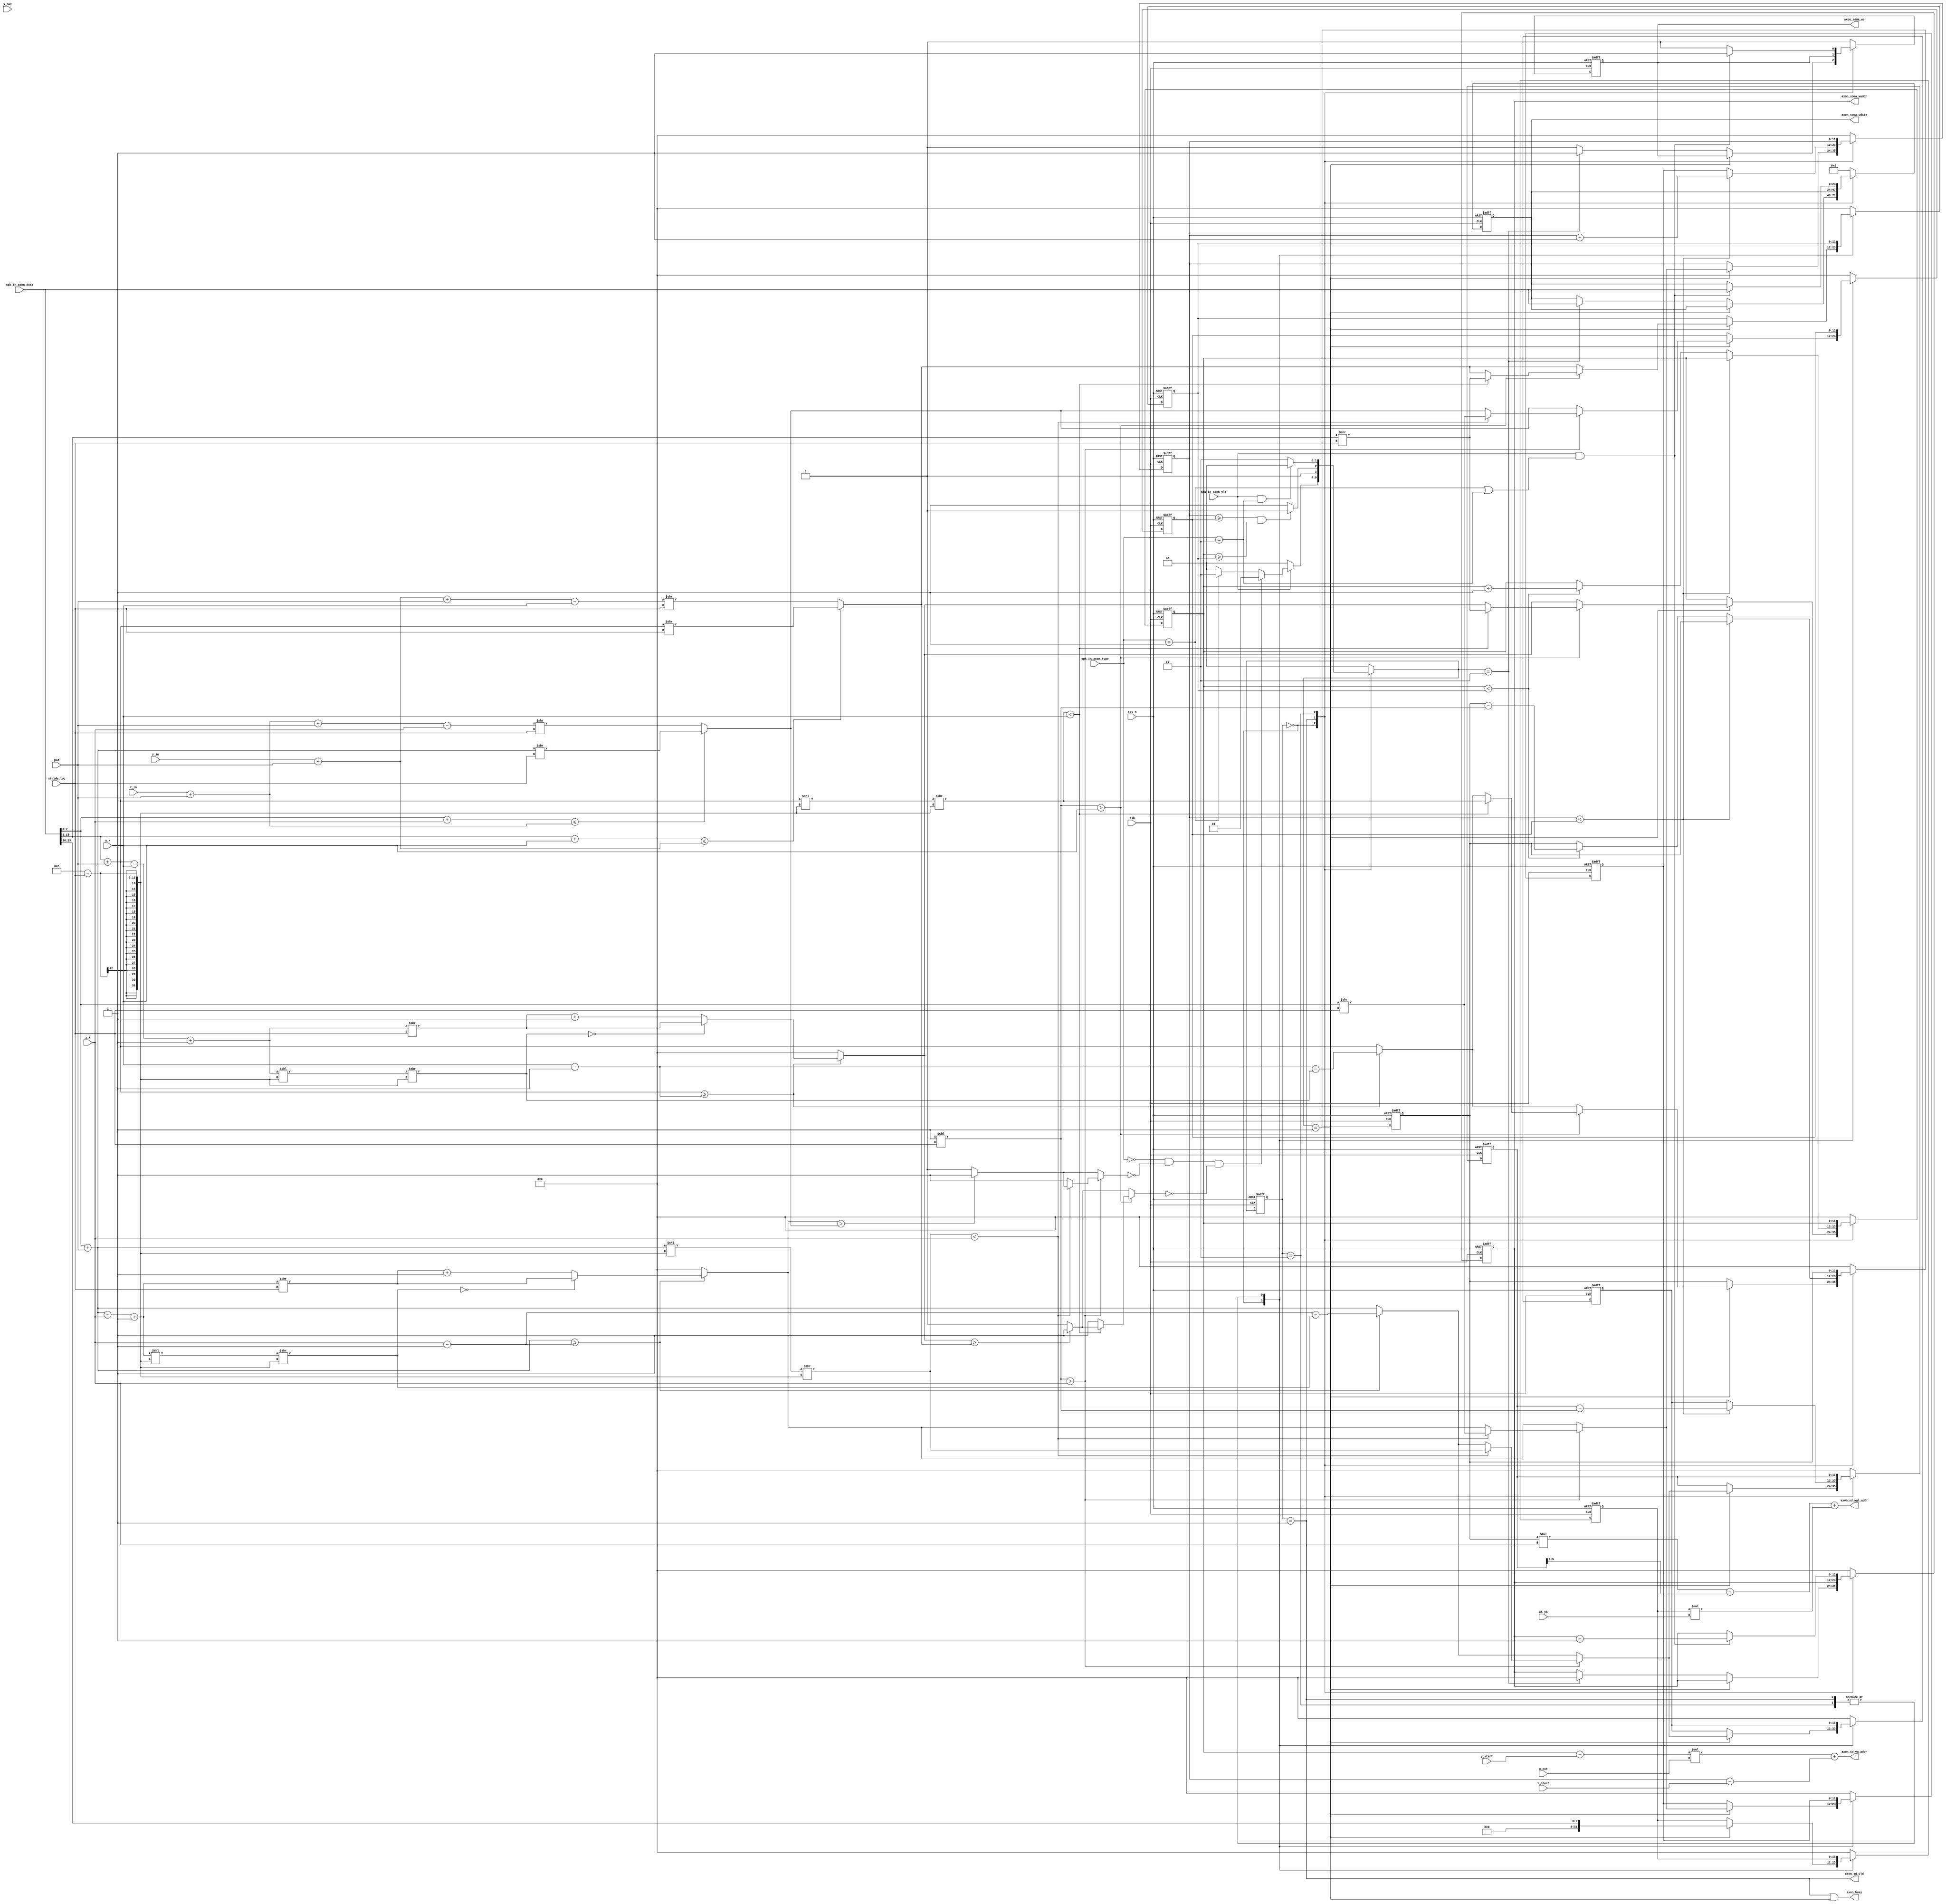
module axon #(
    parameter NNW = 12,
    parameter SW = 24,
    parameter WD = 6,
    parameter FTW = 3
) (
    // system signal
    input  clk,
    input  rst_n,
    // spk_in
    input  spk_in_axon_vld,
    input  [SW-1:0] spk_in_axon_data,
    input  [FTW-1:0] spk_in_axon_type,
    output axon_busy,
    // sd
    output [NNW-1:0] axon_sd_vm_addr,
    output [WD-1:0] axon_sd_wgt_addr,
    output axon_sd_vld,
    // config
    input  [NNW-1:0] xk_yk, // x_k * y_k 
    input  [NNW-1:0] x_in,
    input  [NNW-1:0] x_out,
    input  [NNW-1:0] x_k,
    input  [NNW-1:0] y_in,
    input  [NNW-1:0] y_out,
    input  [NNW-1:0] y_k,
    input  [SW/3-1:0] x_start,
    input  [SW/3-1:0] y_start,
    input  [NNW-1:0] pad,
    input  [NNW-1:0] stride_log,
    // soma
    output reg axon_soma_we,
    output reg [NNW-1:0] axon_soma_waddr,
    output reg [SW-1:0] axon_soma_wdata
);

wire [SW/3-1:0] xs; // x_spike
wire [SW/3-1:0] ys; // y_spike
wire [SW/3-1:0] zs; // z_spike
reg  [NNW-1:0] xl;  // x_local
reg  [NNW-1:0] yl;  // y_local
reg  [NNW-1:0] xw;  // x_weight
reg  [NNW-1:0] yw;  // y_weight
reg  [NNW-1:0] zw;  // z_weight
reg  [NNW-1:0] xl_start;
reg  [NNW-1:0] xl_start_hold;
reg  [NNW-1:0] xl_end;
reg  [NNW-1:0] xl_end_hold;
reg  [NNW-1:0] yl_start;
reg  [NNW-1:0] yl_end;
reg  [NNW-1:0] yl_end_hold;
reg  [NNW-1:0] xw_start;
reg  [NNW-1:0] xw_start_hold;
reg  [NNW-1:0] yw_start;
reg  [NNW-1:0] x_pre;
reg  [NNW-1:0] y_pre;
wire [NNW-1:0] stride;
reg  [NNW-1:0] x_pre_stride;
reg  [NNW-1:0] y_pre_stride;
wire [NNW-1:0] xs_stride;
wire [NNW-1:0] ys_stride;
reg  xs_ignore;
reg  ys_ignore;

// FSM
localparam IDLE     = 2'b00;
localparam SLIDE    = 2'b01;
localparam INPUT    = 2'b10;

// packet type
localparam SPIKE    = 3'b000;
localparam DATA     = 3'b001;
localparam DATA_END = 3'b010;
localparam WRITE    = 3'b110;
localparam READ     = 3'b111;

// current and next state
reg [1:0] cs;
reg [1:0] ns;

// generate current state
always @(posedge clk or negedge rst_n) begin
    if (rst_n == 1'b0) begin
        cs <= IDLE;
    end
    else begin
        cs <= ns;
    end
end

// generate next state
always @(*) begin
    case(cs)
        IDLE : begin
            if (spk_in_axon_vld) begin
                if ((spk_in_axon_type == SPIKE) && (!xs_ignore) && (!ys_ignore)) ns = SLIDE;
                else if (spk_in_axon_type == DATA) ns = INPUT;
                else ns = IDLE;
            end
            else ns = IDLE;
        end
        SLIDE : begin
            if ((xl >= xl_end_hold) && (yl >= yl_end_hold)) ns = IDLE;
            else ns = SLIDE;
        end
        INPUT : begin
            if (spk_in_axon_vld && (spk_in_axon_type == DATA_END)) ns = IDLE;
            else ns = INPUT;
        end
        default : begin // IDLE
            ns = IDLE;
        end 
    endcase
end

// generate output
assign axon_sd_vld = cs == SLIDE;
assign axon_busy = (cs == SLIDE) || (ns == SLIDE);
always @(posedge clk or negedge rst_n) begin
    if (!rst_n) begin
        xl <= {NNW{1'b0}};
        xl_start_hold <= {NNW{1'b0}};
        yl <= {NNW{1'b0}};
        xl_end_hold <= {NNW{1'b0}};
        yl_end_hold <= {NNW{1'b0}};
        xw <= {NNW{1'b0}};
        xw_start_hold <= {NNW{1'b0}};
        yw <= {NNW{1'b0}};
        zw <= {NNW{1'b0}};
        axon_soma_we <= 1'b0;
        axon_soma_waddr <= {NNW{1'b0}};
        axon_soma_wdata <= {SW{1'b0}};
    end
    else begin
        case (cs)
            IDLE : begin
                if (ns == SLIDE) begin
                    xl <= xl_start;
                    xl_start_hold <= xl_start;
                    yl <= yl_start;
                    xl_end_hold <= xl_end;
                    yl_end_hold <= yl_end;
                    xw <= xw_start;
                    xw_start_hold <= xw_start;
                    yw <= yw_start;
                    zw <= zs;
                end 
                else if (ns == INPUT) begin
                    axon_soma_we <= 1'b1;
                    axon_soma_waddr <= {NNW{1'b0}};
                    axon_soma_wdata <= spk_in_axon_data;
                end
                else axon_soma_we <= 1'b0;
            end
            SLIDE : begin
                if (xl < xl_end_hold) begin
                    xl <= xl + 1'b1;
                    xw <= xw - stride;
                end
                else begin // xl >= xl_end
                    xl <= xl_start_hold;
                    xw <= xw_start_hold;
                    if (yl < yl_end_hold) begin
                        yl <= yl + 1'b1;
                        yw <= yw - stride;
                    end
                end
            end
            INPUT : begin
                if (spk_in_axon_vld && ((spk_in_axon_type == DATA) || (spk_in_axon_type == DATA_END))) begin
                    axon_soma_we <= 1'b1;
                    axon_soma_waddr <= axon_soma_waddr + 1'b1;
                    axon_soma_wdata <= spk_in_axon_data;
                end
                else axon_soma_we <= 1'b0;
            end
            default : begin
                xl <= {NNW{1'b0}};
                xl_start_hold <= {NNW{1'b0}};
                yl <= {NNW{1'b0}};
                xl_end_hold <= {NNW{1'b0}};
                yl_end_hold <= {NNW{1'b0}};
                xw <= {NNW{1'b0}};
                xw_start_hold <= {NNW{1'b0}};
                yw <= {NNW{1'b0}};
                zw <= {NNW{1'b0}};
                axon_soma_we <= 1'b0;
                axon_soma_waddr <= {NNW{1'b0}};
                axon_soma_wdata <= {SW{1'b0}};
            end 
        endcase
    end
end

// analysis logic
assign xs = spk_in_axon_data[SW/3-1:0]; // TODO
assign ys = spk_in_axon_data[SW/3*2-1:SW/3];
assign zs = spk_in_axon_data[SW-1:SW/3*2];
assign stride = 1'b1 << stride_log;
assign axon_sd_wgt_addr = yw * x_k + xw + zw * xk_yk; // TODO
assign axon_sd_vm_addr = (yl - {{(NNW-SW/3){1'b0}},y_start}) * x_out + (xl - {{(NNW-SW/3){1'b0}},x_start});

always @( *) begin
    // x start
    if (xs + pad >= x_k - 1'b1) begin
        x_pre = xs + pad - x_k + 1'b1;
        x_pre_stride = (x_pre << (NNW-stride_log)) >> (NNW-stride_log); // mod
        xw_start = x_k - 1'b1 - x_pre_stride;
        if (x_pre_stride == 0) xl_start = x_pre >> stride_log;
        else xl_start = (x_pre >> stride_log) + 1'b1;
    end
    else begin
        x_pre = 0;
        x_pre_stride = 0;
        xl_start = 0;
        xw_start = xs + pad;
    end
    // x end
    if (xs + x_k <= x_in + pad) begin // x_post <= x_in + 2*pad - 1
        xl_end = (xs + pad) >> stride_log;
    end
    else begin
        xl_end = (x_in + pad + pad - x_k) >> stride_log;
    end
    // stride > x_k
    if (xl_start > xl_end) xs_ignore = 1;
    else xs_ignore = 0;
    if (stride > x_k) begin
        if (xs_stride < x_k) begin
            xl_start = xs >> stride_log;
            xl_end = xs >> stride_log;
            xw_start = xs_stride;
        end
        else begin
            xs_ignore = 1;
        end
    end
end
assign xs_stride = ((xs + pad) << (NNW-stride_log)) >> (NNW-stride_log); // xs mod stride

always @( *) begin
    // y start
    if (ys + pad >= y_k - 1'b1) begin
        y_pre = ys + pad - y_k + 1'b1;
        y_pre_stride = (y_pre << (NNW-stride_log)) >> (NNW-stride_log); // mod
        yw_start = y_k - 1'b1 - y_pre_stride;
        if (y_pre_stride == 0) yl_start = y_pre >> stride_log;
        else yl_start = (y_pre >> stride_log) + 1'b1;
    end
    else begin
        y_pre = 0;
        y_pre_stride = 0;
        yl_start = 0;
        yw_start = ys + pad;
    end
    // y end
    if (ys + y_k <= y_in + pad) begin // y_post <= y_in + 2*pad - 1
        yl_end = (ys + pad) >> stride_log;
    end
    else begin
        yl_end = (y_in + pad + pad - y_k) >> stride_log;
    end
    // stride > y_k
    if (yl_start > yl_end) ys_ignore = 1;
    else ys_ignore = 0;
    if (stride > y_k) begin
        if (ys_stride < y_k) begin
            yl_start = ys >> stride_log;
            yl_end = ys >> stride_log;
            yw_start = ys_stride;
        end
        else begin
            ys_ignore = 1;
        end
    end
end
assign ys_stride = ((ys + pad) << (NNW-stride_log)) >> (NNW-stride_log); // ys mod stride
    
endmodule